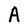
Character: A